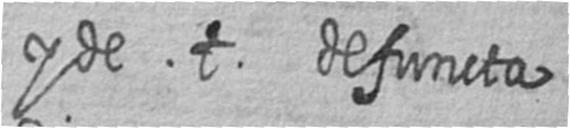
y de t defuncta